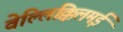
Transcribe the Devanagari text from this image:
वेल्लिक्किलमई